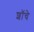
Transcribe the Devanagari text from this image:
शॉचे